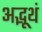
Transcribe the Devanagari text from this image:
अद्भूथं